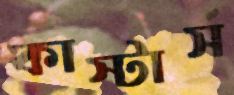
কাস্টার্স